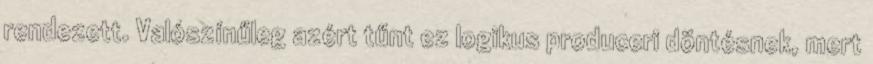
rendezett. Valószínűleg azért tűnt ez logikus produceri döntésnek, mert